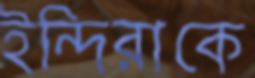
ইন্দিরাকে